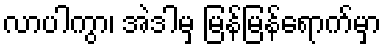
လာပါကွာ၊ အဲဒါမှ မြန်မြန်ရောက်မှာ